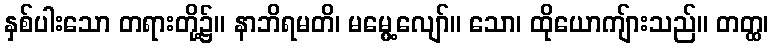
နှစ်ပါးသော တရားတို့၌။ နာဘိရမတိ၊ မမွေ့လျော်။ သော၊ ထိုယောကျ်ားသည်။ တတ္ထ၊